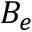
B _ { e }